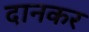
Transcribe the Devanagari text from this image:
दानकर